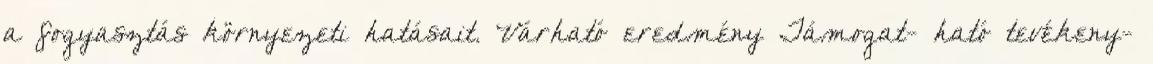
a fogyasztás környezeti hatásait. Várható eredmény Támogat- ható tevékeny-